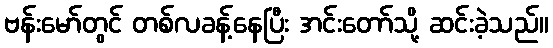
ဗန်းမော်တွင် တစ်လခန့်နေပြီး အင်းတော်သို့ ဆင်းခဲ့သည်။